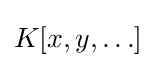
K[x,y,\ldots ]